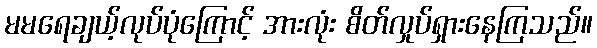
မမရေချယ့်လုပ်ပုံကြောင့် အားလုံး စိတ်လှုပ်ရှားနေကြသည်။